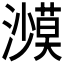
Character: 𰝥